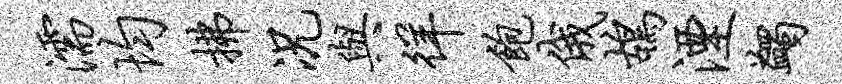
濡均拂况与徉饱俄鸪湮蠲